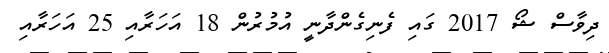
ދިވާސް ޝޯ 2017 ގައި ފެނިގެންދާނީ އުމުރުން 18 އަހަރާއި 25 އަހަރާއި